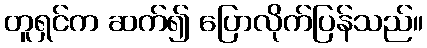
တူရှင်က ဆက်၍ ပြောလိုက်ပြန်သည်။